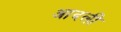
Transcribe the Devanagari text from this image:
आदली